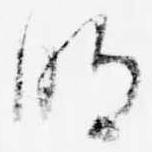
明